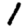
Digit: 1